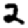
Digit: 2